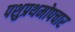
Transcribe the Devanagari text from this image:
पशुप्रथमोपचार